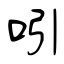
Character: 吲